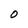
Character: O